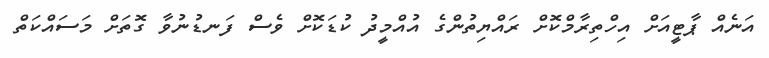
އަނެއް ޕާޓީއަށް އިހްތިރާމްކޮށް ރައްޔިތުންގެ އުއްމީދު ކުޑަކޮށް ވެސް ފަނޑުނުވާ ގޮތަށް މަސައްކަތް